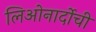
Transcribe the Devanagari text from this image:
लिओनार्दोची